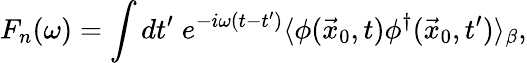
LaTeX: F_{n}(\omega)=\int dt^{\prime}\; e^{-i\omega(t-t^{\prime})}\langle\phi(\vec{x}_{0},t)\phi^{\dagger}(\vec{x}_{0},t^{\prime})\rangle_{\beta},